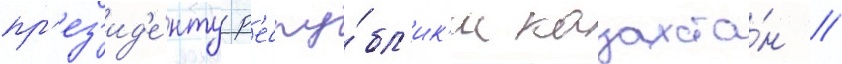
пр'ез'ид'е́нту р'еспу́бл'ик'и казахста́н //